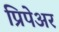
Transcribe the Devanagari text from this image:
प्रिपेअर